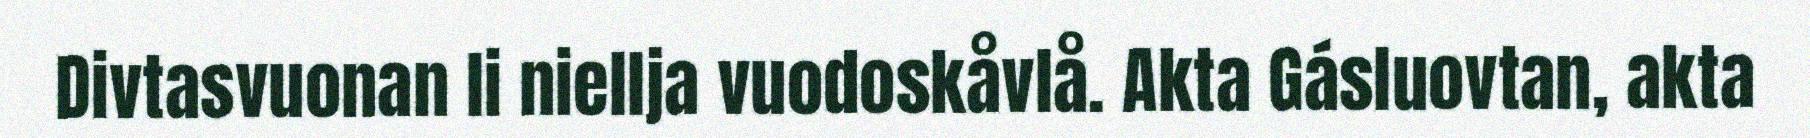
Divtasvuonan li niellja vuodoskåvlå. Akta Gásluovtan, akta